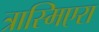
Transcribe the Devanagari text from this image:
त्रास्मिएरा